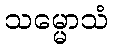
သမ္မောသံ